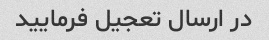
در ارسال تعجیل فرمایید